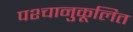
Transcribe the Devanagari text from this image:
पश्चानुकूलित